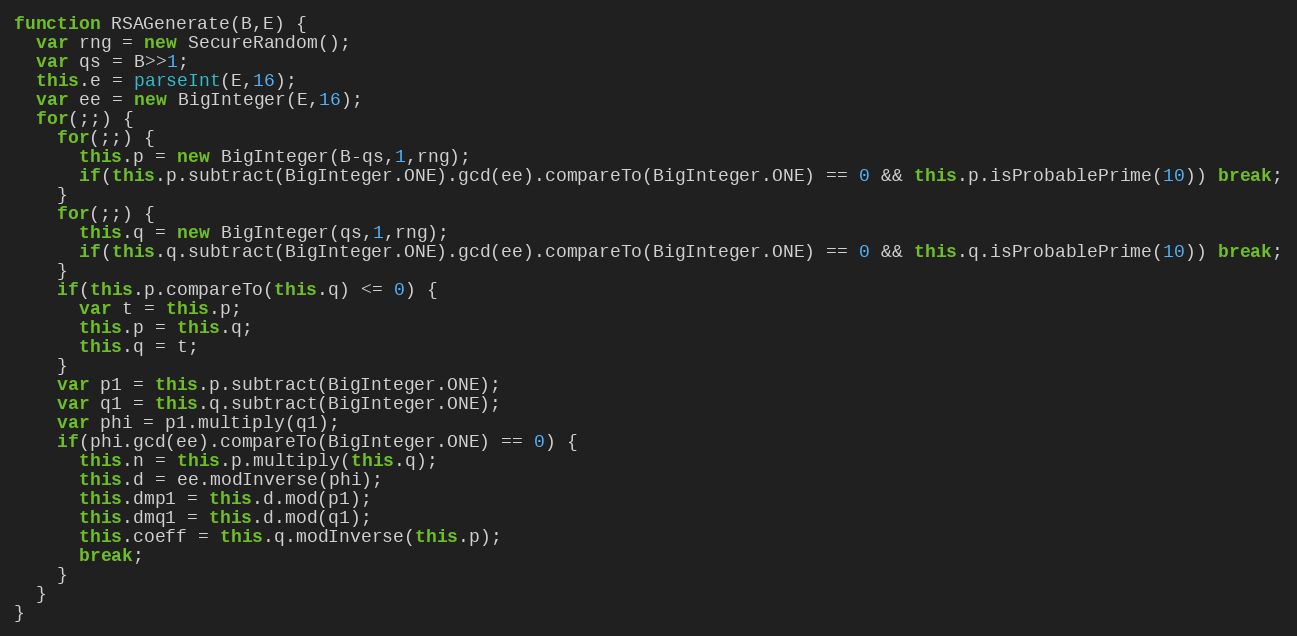
Language: JavaScript
function RSAGenerate(B,E) {
  var rng = new SecureRandom();
  var qs = B>>1;
  this.e = parseInt(E,16);
  var ee = new BigInteger(E,16);
  for(;;) {
    for(;;) {
      this.p = new BigInteger(B-qs,1,rng);
      if(this.p.subtract(BigInteger.ONE).gcd(ee).compareTo(BigInteger.ONE) == 0 && this.p.isProbablePrime(10)) break;
    }
    for(;;) {
      this.q = new BigInteger(qs,1,rng);
      if(this.q.subtract(BigInteger.ONE).gcd(ee).compareTo(BigInteger.ONE) == 0 && this.q.isProbablePrime(10)) break;
    }
    if(this.p.compareTo(this.q) <= 0) {
      var t = this.p;
      this.p = this.q;
      this.q = t;
    }
    var p1 = this.p.subtract(BigInteger.ONE);
    var q1 = this.q.subtract(BigInteger.ONE);
    var phi = p1.multiply(q1);
    if(phi.gcd(ee).compareTo(BigInteger.ONE) == 0) {
      this.n = this.p.multiply(this.q);
      this.d = ee.modInverse(phi);
      this.dmp1 = this.d.mod(p1);
      this.dmq1 = this.d.mod(q1);
      this.coeff = this.q.modInverse(this.p);
      break;
    }
  }
}